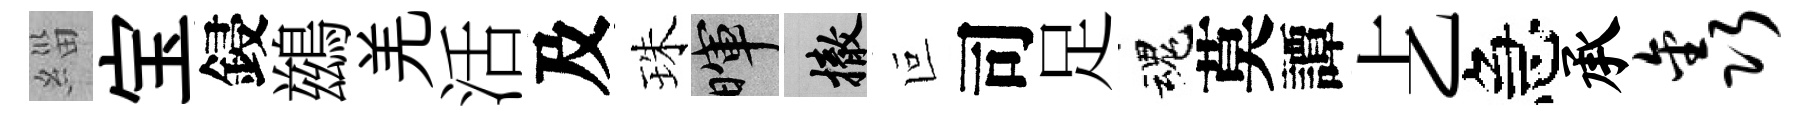
緇宝鋟鷀羌活及珠暉撤叵司足魂莫譚𠧒急承鑫